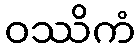
ဝဿိကံ